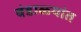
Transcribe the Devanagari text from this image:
बंडाळ्यांत